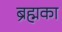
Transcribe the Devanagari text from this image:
ब्रह्मका